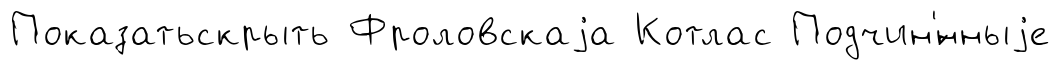
Показатьскрыть Фроловскаjа Котлас Подчин'́нныjе